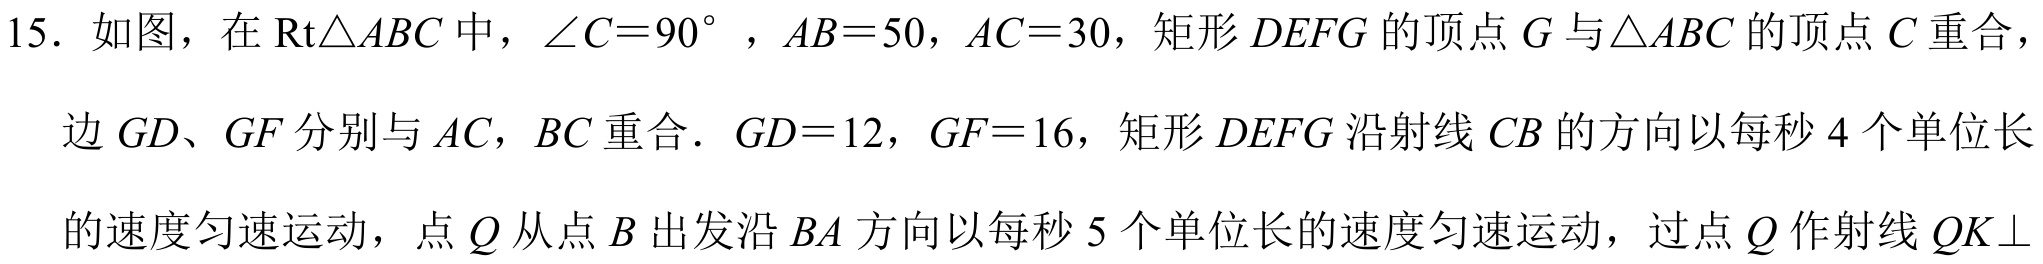
15. 如图，在\(\mathrm{Rt}\triangle ABC\)中，\(\angle C = 90^{\circ}\)，\(AB = 50\)，\(AC = 30\)，矩形\(DEFG\)的顶点\(G\)与\(\triangle ABC\)的顶点\(C\)重合，边\(GD\)、\(GF\)分别与\(AC\)，\(BC\)重合．\(GD = 12\)，\(GF = 16\)，矩形\(DEFG\)沿射线\(CB\)的方向以每秒\(4\)个单位长的速度匀速运动，点\(Q\)从点\(B\)出发沿\(BA\)方向以每秒\(5\)个单位长的速度匀速运动，过点\(Q\)作射线\(QK\perp\)